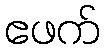
ဧဖက်